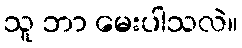
သူ ဘာ မေးပါသလဲ။